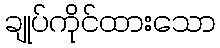
ချုပ်ကိုင်ထားသော